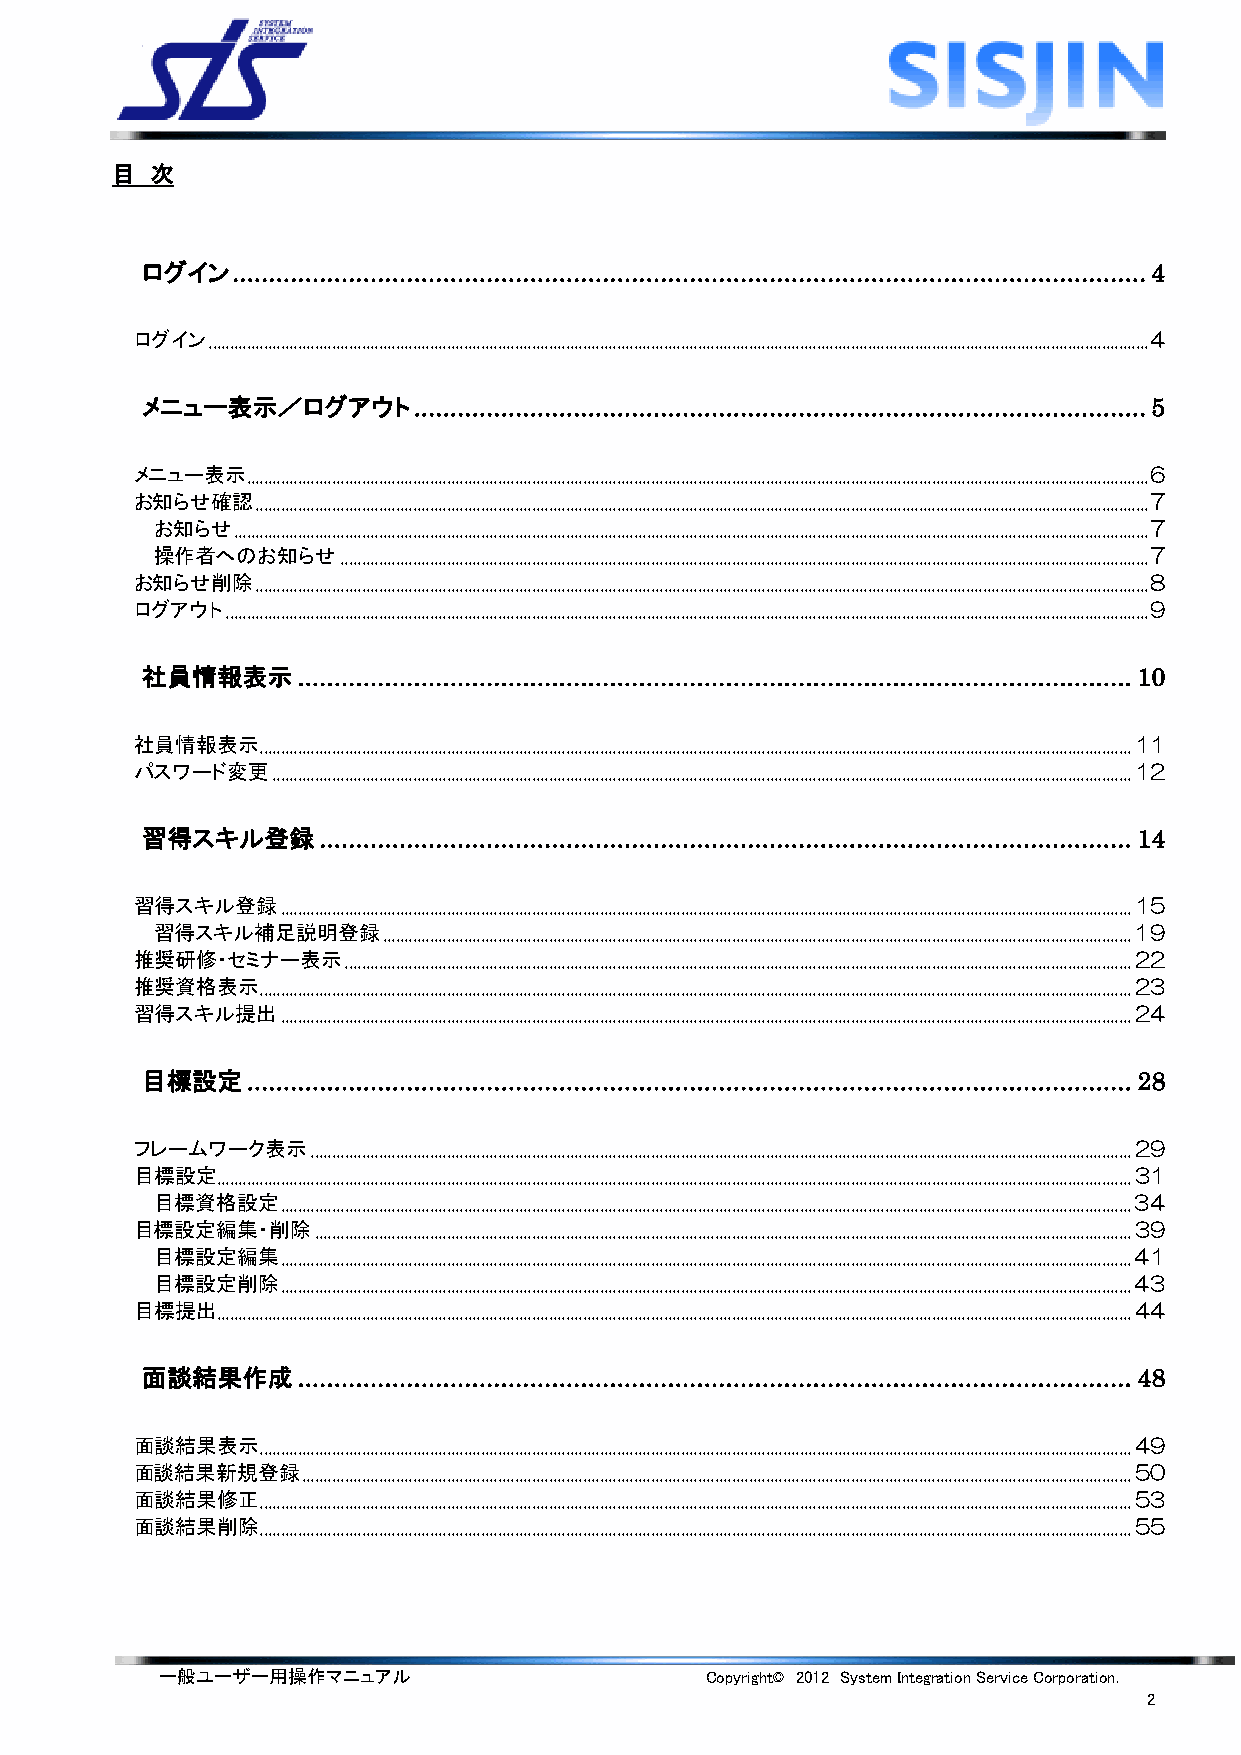
目  次
 ログイン  .............................................................................................................................. 4
 ログイン ............................................................................................................................................................................................................................. 4
 メニュー表示／ログアウト      ..................................................................................................... 5
 メニュー表示 .................................................................................................................................................................................................................... 6
 お知らせ確認  .................................................................................................................................................................................................................. 7
 お知らせ ....................................................................................................................................................................................................................... 7
 操作者へのお知らせ    .............................................................................................................................................................................................. 7
 お知らせ削除  .................................................................................................................................................................................................................. 8
 ログアウト ......................................................................................................................................................................................................................... 9
 社員情報表示     ................................................................................................................... 10
 社員情報表示  ............................................................................................................................................................................................................. 11
 パスワード変更  .......................................................................................................................................................................................................... 12
 習得スキル登録     ................................................................................................................ 14
 習得スキル登録   ........................................................................................................................................................................................................ 15
 習得スキル補足説明登録    ................................................................................................................................................................................ 19
 推奨研修・セミナー表示   ......................................................................................................................................................................................... 22
 推奨資格表示  ............................................................................................................................................................................................................. 23
 習得スキル提出   ........................................................................................................................................................................................................ 24
 目標設定   .......................................................................................................................... 28
 フレームワーク表示   ................................................................................................................................................................................................. 29
 目標設定....................................................................................................................................................................................................................... 31
 目標資格設定   ........................................................................................................................................................................................................ 34
 目標設定編集・削除   ................................................................................................................................................................................................ 39
 目標設定編集   ........................................................................................................................................................................................................ 41
 目標設定削除   ........................................................................................................................................................................................................ 43
 目標提出....................................................................................................................................................................................................................... 44
 面談結果作成     ................................................................................................................... 48
 面談結果表示  ............................................................................................................................................................................................................. 49
 面談結果新規登録   ................................................................................................................................................................................................... 50
 面談結果修正  ............................................................................................................................................................................................................. 53
 面談結果削除  ............................................................................................................................................................................................................. 55
 一般ユーザー用操作マニュアル                      Copyright© 2012 System Integration Service Corporation.
 2